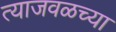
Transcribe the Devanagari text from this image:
त्याजवळच्या